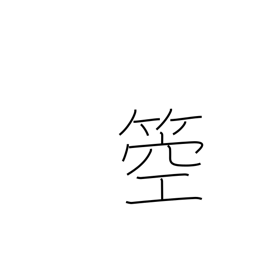
Meaning: type of harp